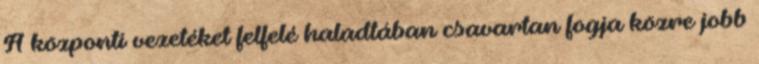
A központi vezetéket felfelé haladtában csavartan fogja közre jobb